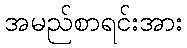
အမည်စာရင်းအား